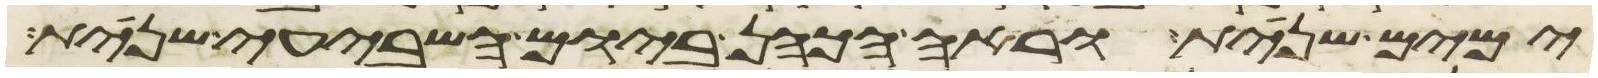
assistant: ימים שנית וראה הכהן ביום השביעי שנית